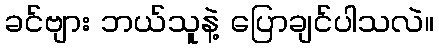
ခင်ဗျား ဘယ်သူနဲ့ ပြောချင်ပါသလဲ။